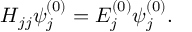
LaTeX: H _ { j j } \psi _ { j } ^ { ( 0 ) } = E _ { j } ^ { ( 0 ) } \psi _ { j } ^ { ( 0 ) } .